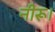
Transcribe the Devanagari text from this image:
नीरू।